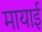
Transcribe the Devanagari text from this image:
मायाई